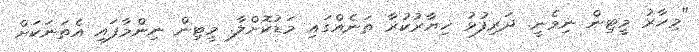
"މިހާރު މީޓިން ނިމެނީ. ދަރިފުޅު ޚިޔާރުކުރާ ތަނެއްގައި މަޑުކޮށްލާ. މީޓިން ނިންމާފައި އެތަނަކަށް